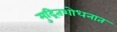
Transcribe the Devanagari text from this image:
मुद्रितशोधनात